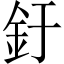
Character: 釪